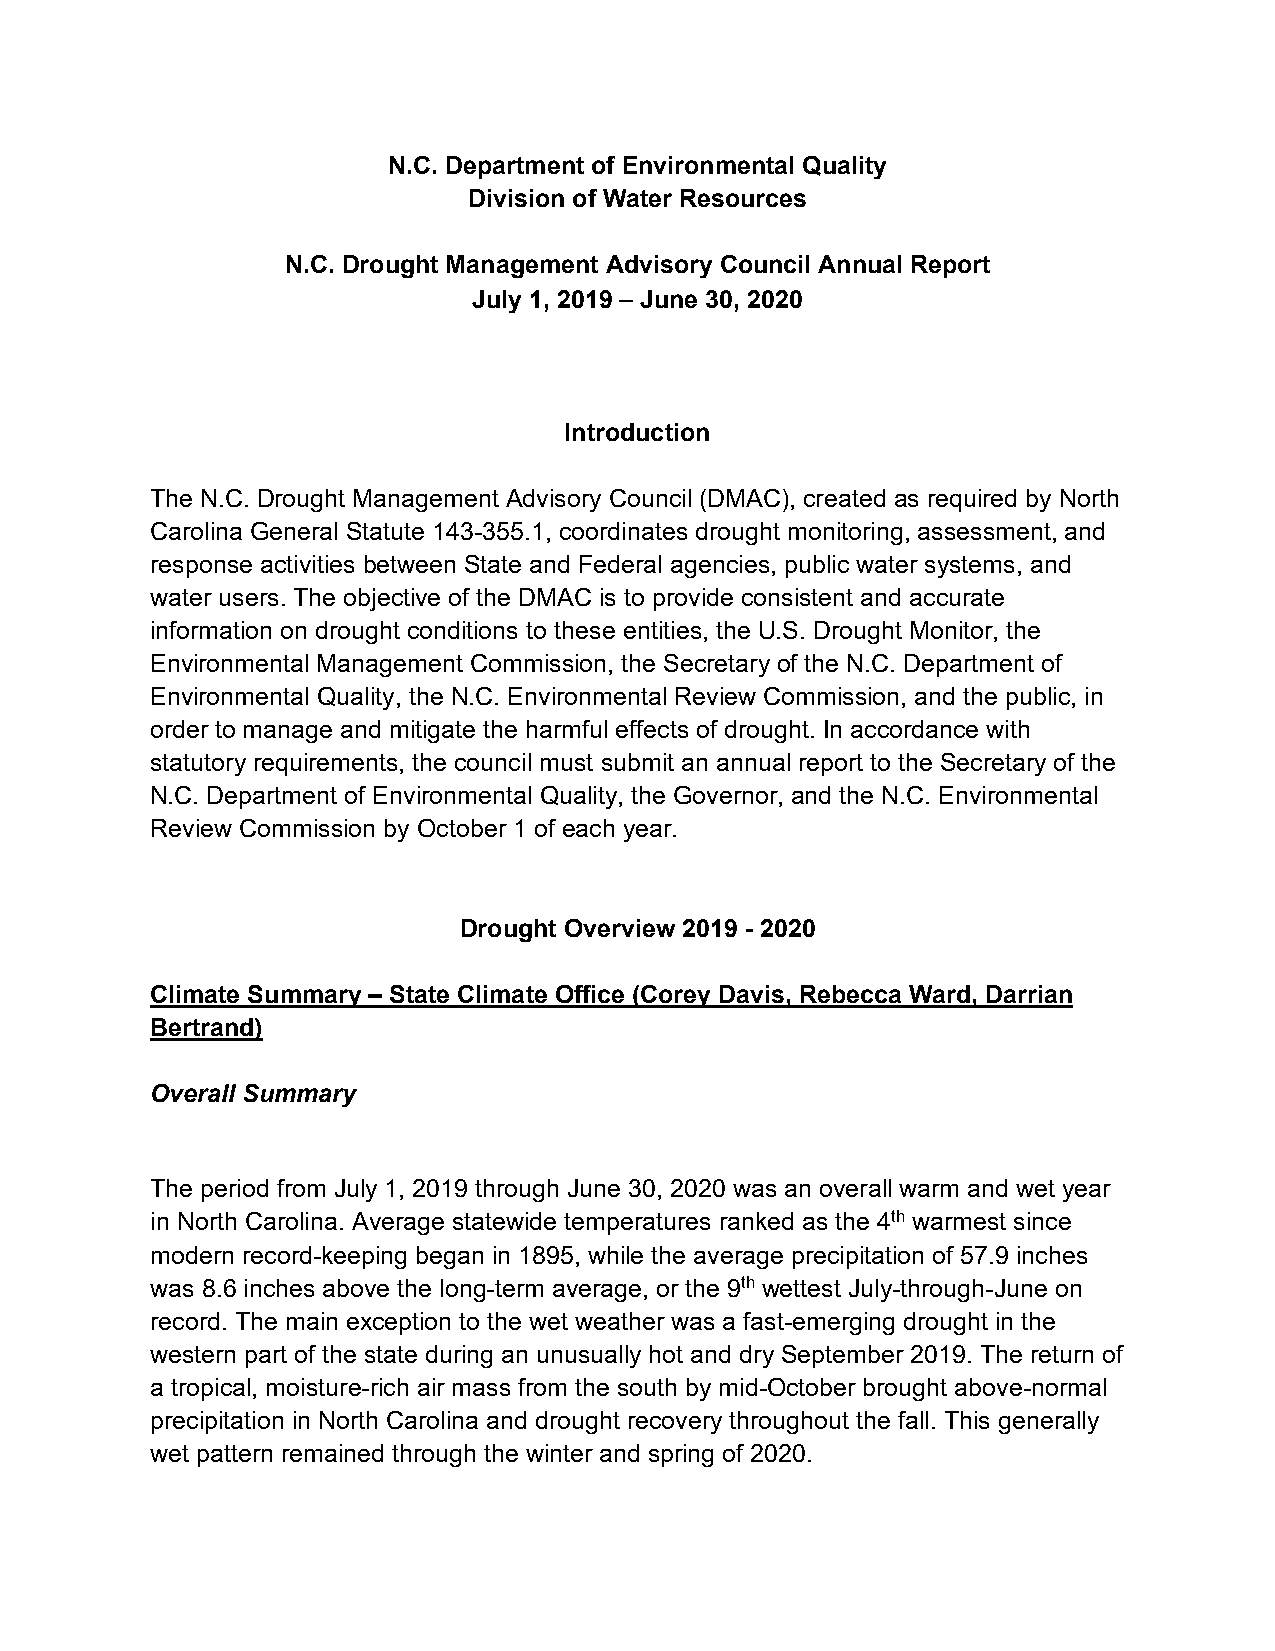
N.C. Department of Environmental Quality
 Division of Water Resources
 N.C. Drought Management Advisory Council Annual Report
 July 1, 2019 − June 30, 2020
 Introduction
 The N.C. Drought Management Advisory Council (DMAC), created as required by North
 Carolina General Statute 143-355.1, coordinates drought monitoring, assessment, and
 response activities between State and Federal agencies, public water systems, and
 water users. The objective of the DMAC is to provide consistent and accurate
 information on drought conditions to these entities, the U.S. Drought Monitor, the
 Environmental Management Commission, the Secretary of the N.C. Department of
 Environmental Quality, the N.C. Environmental Review Commission, and the public, in
 order to manage and mitigate the harmful effects of drought. In accordance with
 statutory requirements, the council must submit an annual report to the Secretary of the
 N.C. Department of Environmental Quality, the Governor, and the N.C. Environmental
 Review Commission by October 1 of each year.
 Drought Overview 2019 - 2020
 Climate Summary – State Climate Office (Corey Davis, Rebecca Ward, Darrian
 Bertrand)
 Overall Summary
 The period from July 1, 2019 through June 30, 2020 was an overall warm and wet year
 in North Carolina. Average statewide temperatures ranked as the 4th warmest since
 modern record-keeping began in 1895, while the average precipitation of 57.9 inches
 was 8.6 inches above the long-term average, or the 9th wettest July-through-June on
 record. The main exception to the wet weather was a fast-emerging drought in the
 western part of the state during an unusually hot and dry September 2019. The return of
 a tropical, moisture-rich air mass from the south by mid-October brought above-normal
 precipitation in North Carolina and drought recovery throughout the fall. This generally
 wet pattern remained through the winter and spring of 2020.